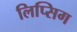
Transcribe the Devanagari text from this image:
लिप्सिग